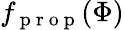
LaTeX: f_{\mathrm{~p~r~o~p~}}(\Phi)